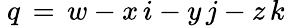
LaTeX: ~q\, =\, w-x\, i-y\, j-z\, k